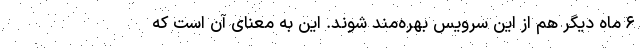
۶ ماه دیگر هم از این سرویس بهره‌مند شوند. این به معنای آن است که